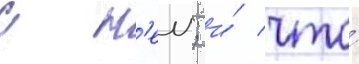
с н'еи; и́ что́